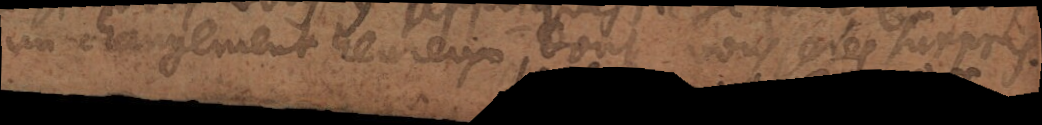
un changement heureux dont vous serés bien surpris.